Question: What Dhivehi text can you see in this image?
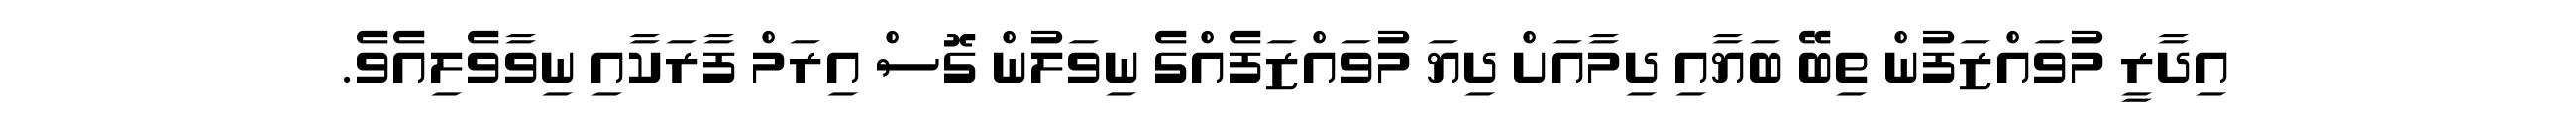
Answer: އިދާރީ މުވައްޒަފުން ތިބޭ ބަޔާއި ދިމާއަށް ދިޔަ މުވައްޒަފެއްގެ ނިވަލުން ގޮސް އިރަމް ފާރަކާއި ނިވާވެލިއެވެ.